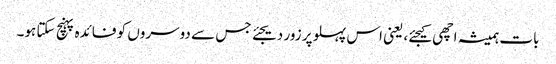
بات ہمیشہ اچھی کیجئے، یعنی اس پہلو پر زور دیجئے جس سے دوسروں کو فائدہ پہنچ سکتا ہو۔